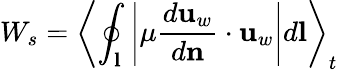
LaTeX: W_{s}=\left\langle\oint_{\mathbf{l}}\left|\mu\frac{d\mathbf{u}_{w}}{d\mathbf{n}}\cdot\mathbf{u}_{w}\right|d\mathbf{l}\right\rangle_{t}